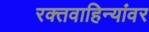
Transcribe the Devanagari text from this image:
रक्तवाहिन्यांवर